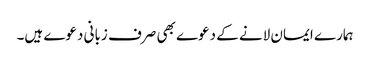
ہمارے ایمان لانے کے دعوے بھی صرف زبانی دعوے ہیں۔